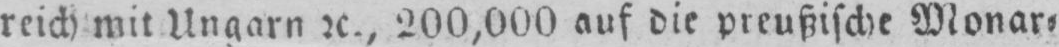
200,000 auf die preußische Monar⸗